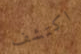
اكتشف